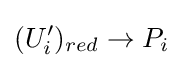
(U_{i}')_{red}\to P_{i}